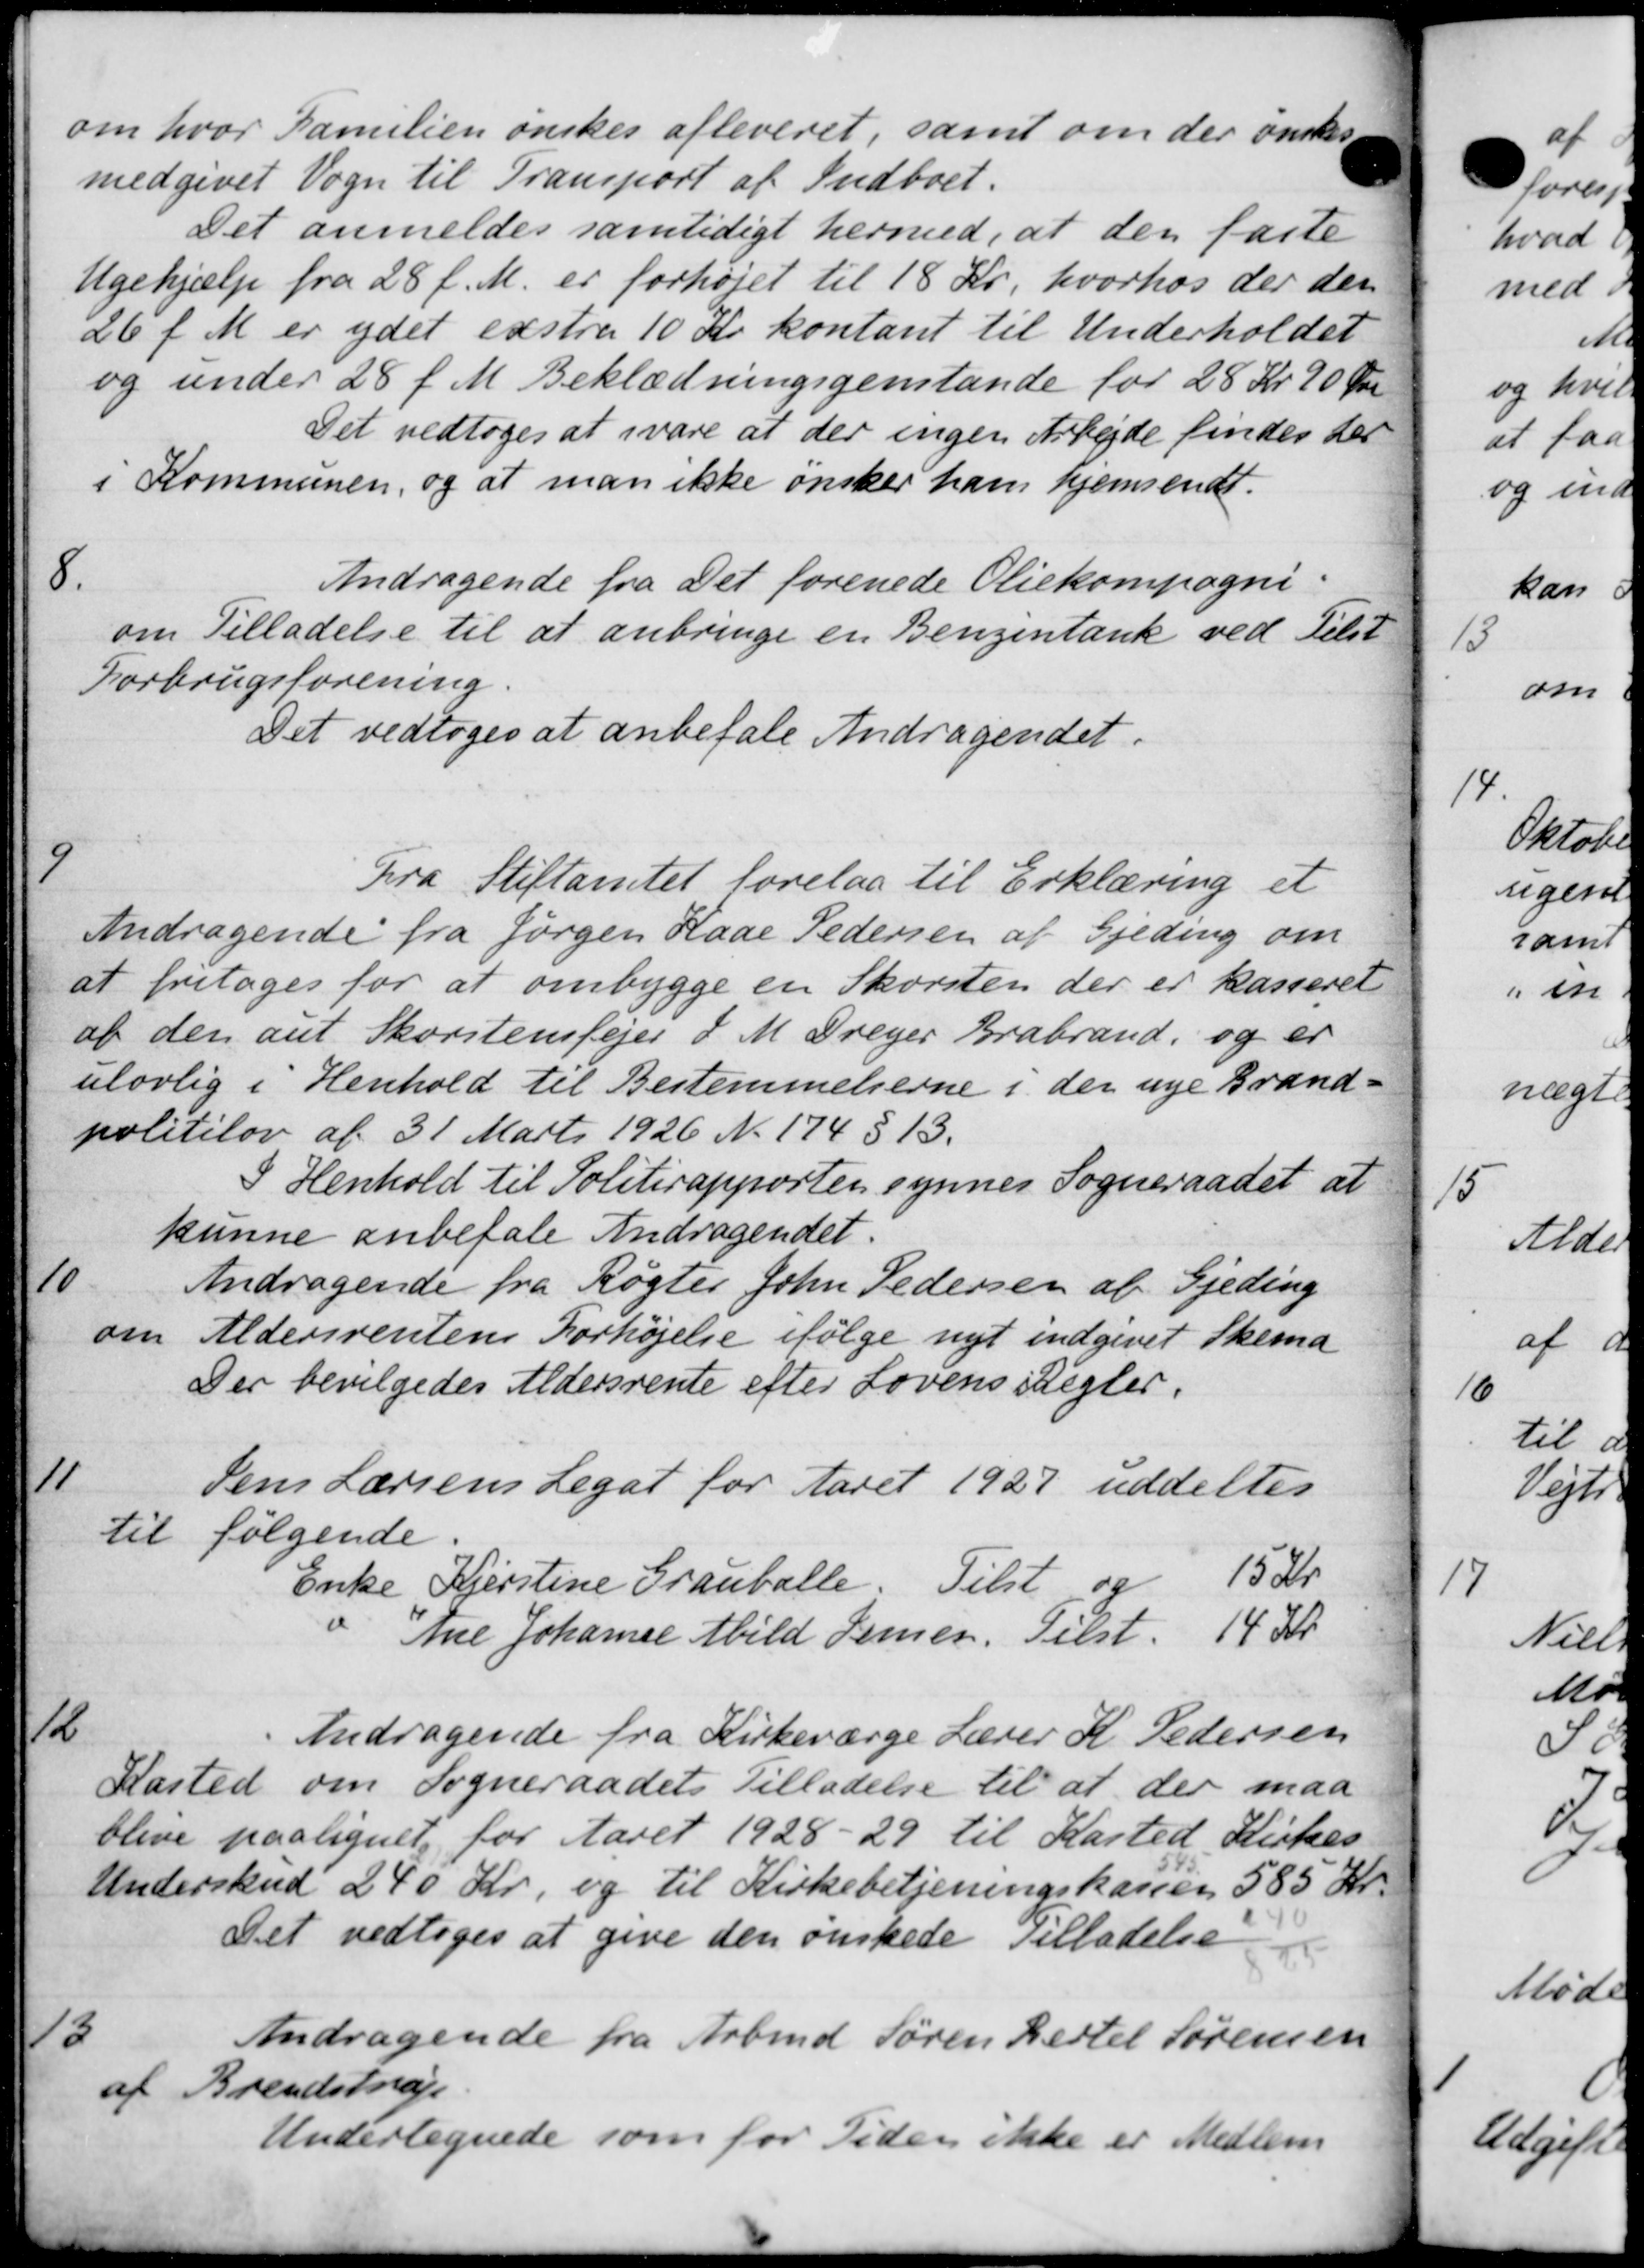
Transskription:
om hvor Familien ønskes afleveret, samt om der ønskes.
medgivet Vogn til Transport af Indboet.
Det anmeldes samtidigt hermed, at den faste
Ugehjælp fra 28 f. M. er forhøjet til 18 Kr, hvorhos der den
26 f. M. er ydet exstra 10 Kr. kontant til Underholdet
og under 28 f. M. Beklædningsgenstande for 28 Kr 90 Øre
Det vedtoges at svare at der ingen Arbejde findes der
i Kommunen, og at man ikke ønsker ham hjemsendt.
8
Andragende fra Det forenede Oliekompagni
om Tilladelse til at anbringe en Benzintank ved Tilst
Forbrugsforening.
Det vedtoges at anbefale Andragendet.
9
Fra Stiftamtet forelaa til Erklæring et
Andragende fra Jørgen Kaae Pedersen af Gjeding om
at fritages for at ombygge en Skorsten der er kasseret
af den aut Skorstensfejer d. M. Dreyer Brabrand, og er
ulovlig i Henhold til Bestemmelserne i der nye Brand-
politilov af 31 Marts 1926 N. 174 § 13.
I Henhold til Politirapporten synnes Sogneraadet at
kunne anbefale Andragendet.
10
Andragende fra Røgter John Pedersen af Gjeding
den Aldersrentens Forhøjelse ifølge nyt indgivet Skema
Der bevilgedes Aldersrente efter Lovens i Regler.
11
Jens Larsens Legat for Aaret 1927 uddeltes
til følgende.
Enke Kjerstine Grauballe. Tilst og 15 Kr.
Ane Johanne Abild Jensen. Tilst. 14 Kr
12
Andragende fra Kirkeværge Lærer K. Pedersen
Kasted om Sogneraadets Tilladelse til at der maa
blive paalignet for Aaret 1928-29 til Kasted Kirkes
Underskud 240 Kr. og til Kirkebetjeningskassen 585 Kr.
Det vedtoges at give den ønskede Tilladelse
13
Andragende fra Arbmd Søren Bertel Sørensen
af Brendstrup
Undertegnede som for Tiden ikke er Medlem